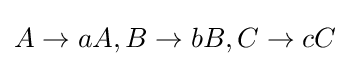
A\to aA,B\to bB,C\to cC